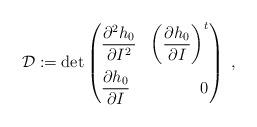
LaTeX: \begin{align*}\mathcal{D}:=\det\left(\begin{aligned}&\frac{\partial^2 h_0}{\partial I^2} & \left(\frac{\partial h_0}{\partial I}\right)^t\\&\frac{\partial h_0}{\partial I} & 0\end{aligned}\right)\ ,\end{align*}